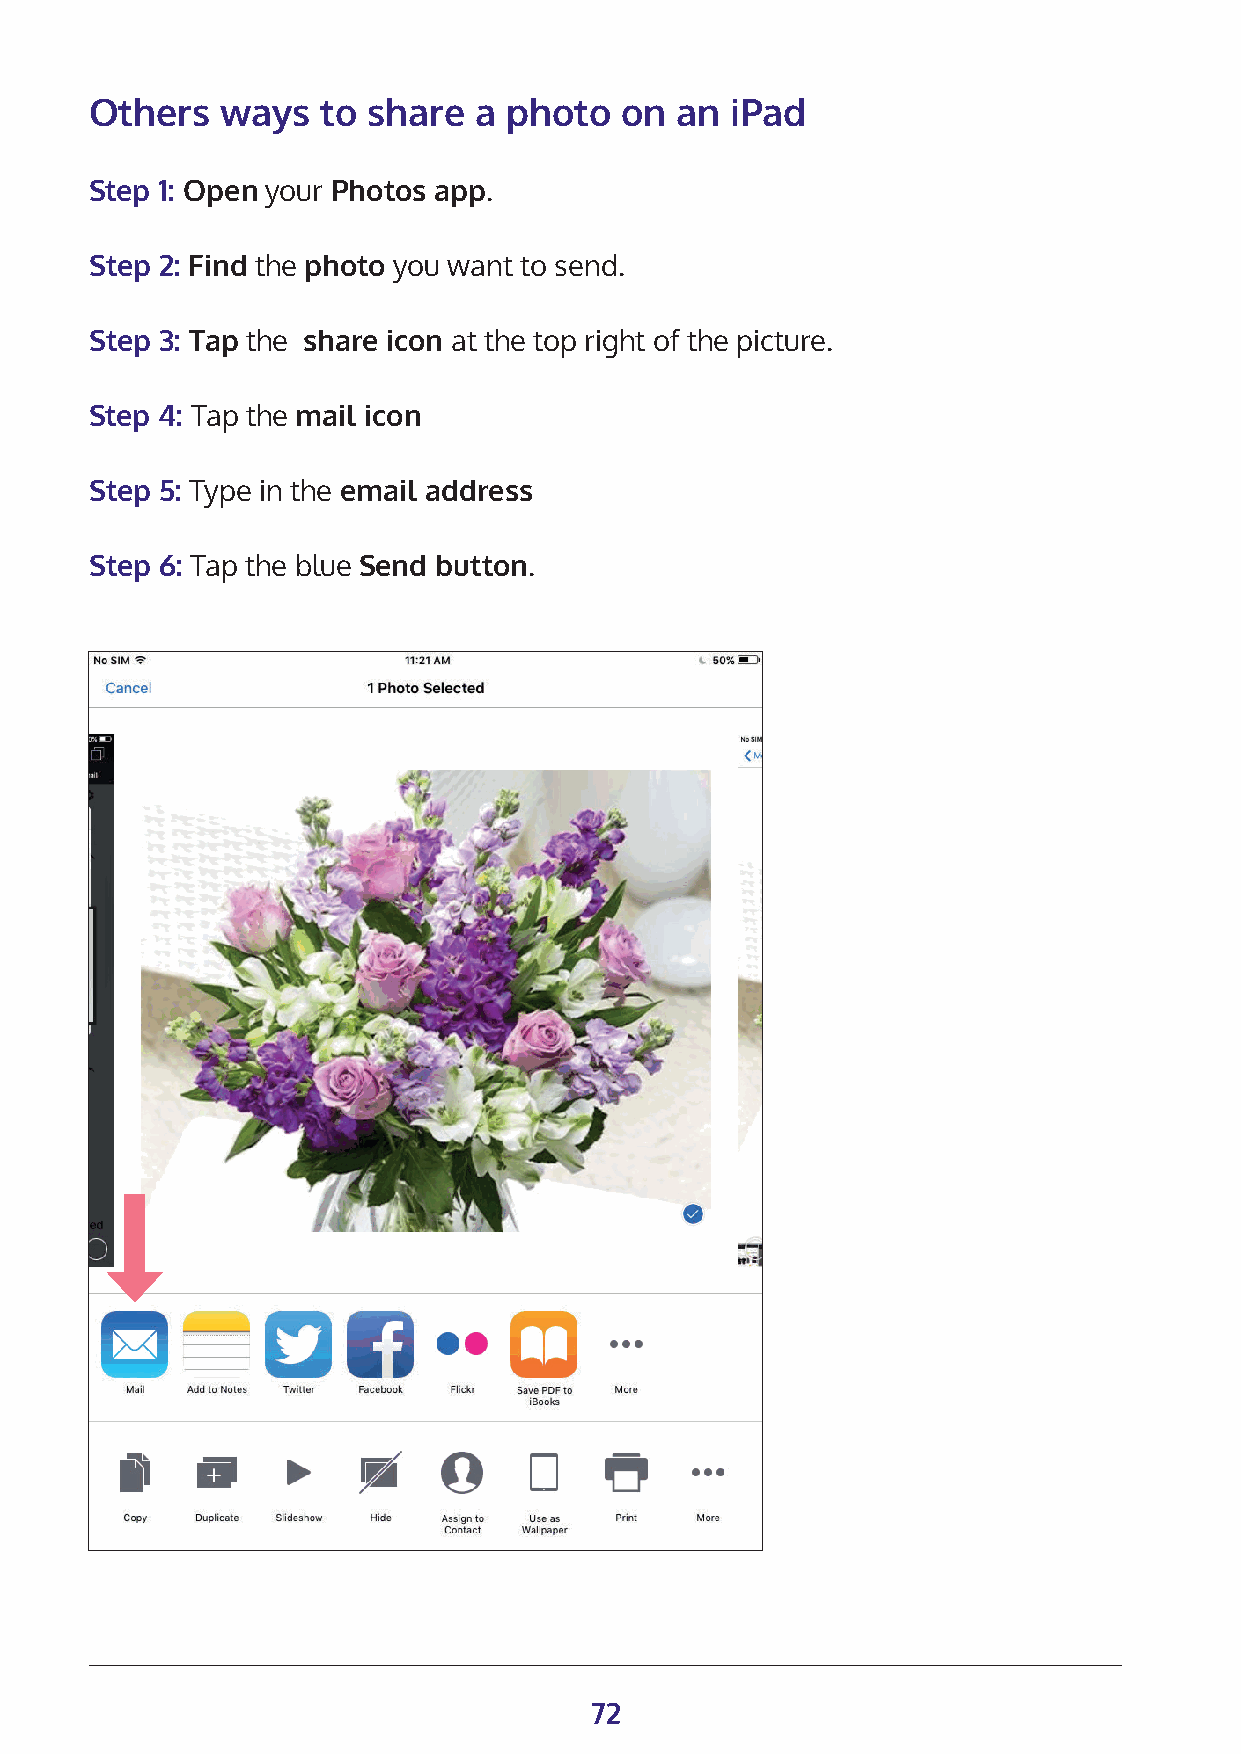
Others   ways  to share  a photo   on  an iPad
 Step 1: Open your Photos app.
 Step 2: Find the photo you want to send.
 Step 3: Tap the share icon at the top right of the picture.
 Step 4: Tap the mail icon
 Step 5: Type in the email address
 Step 6: Tap the blue Send button.
 72